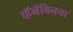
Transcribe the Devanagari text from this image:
व्हॅनॅबिनचा